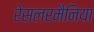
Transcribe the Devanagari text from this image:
रेसलरमैनिया